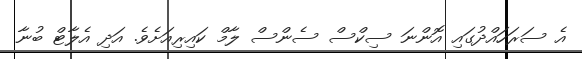
އެ ސަރަހައްދުގައި އޮންނަ ސިކްސް ސެންސް ލާމް ކައިރިއަށެވެ. އަދި އެލާޓް ބުނާ